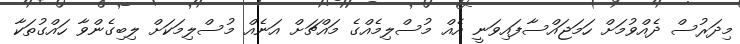
މިދަރުސް ދެއްވުމަށް ހަމަޖައްސާފައިވަނީ އެއް މުސްލިމެއްގެ މައްޗަށް އަނެއް މުސްލިމަކަށް ލިބިގެންވާ ހައްގުތަކާ